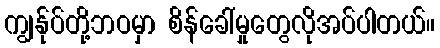
ကျွန်ုပ်တို့ဘဝမှာ စိန်ခေါ်မှုတွေလိုအပ်ပါတယ်။